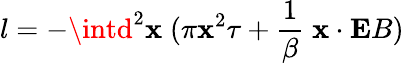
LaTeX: l=-\intd^{2}\mathbf{x}\; (\pi{\mathbf{\mathbf{x}}}^{2}\tau+{\frac{{1}}{{\beta}}}\; {\mathbf{\mathbf{x}}}\cdot{\mathbf{E}}B)